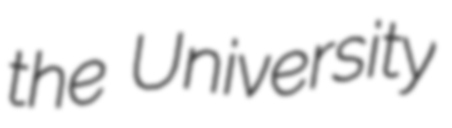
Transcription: the University